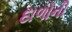
દાળોની